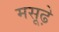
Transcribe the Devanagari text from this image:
मसूढ़े